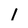
Character: l